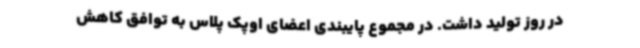
در روز تولید داشت. در مجموع پایبندی اعضای اوپک پلاس به توافق کاهش